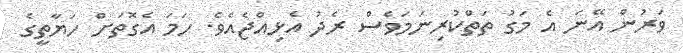
ވަރުން އޭނަ އެ މަގު ތަތްކުރިނަމަވެސް ރެދު އެޅިއްޖެއެވެ. ހަމަ އެގޮތަށް ހަޔާތީގެ